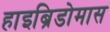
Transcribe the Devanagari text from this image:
हाइब्रिडोमास